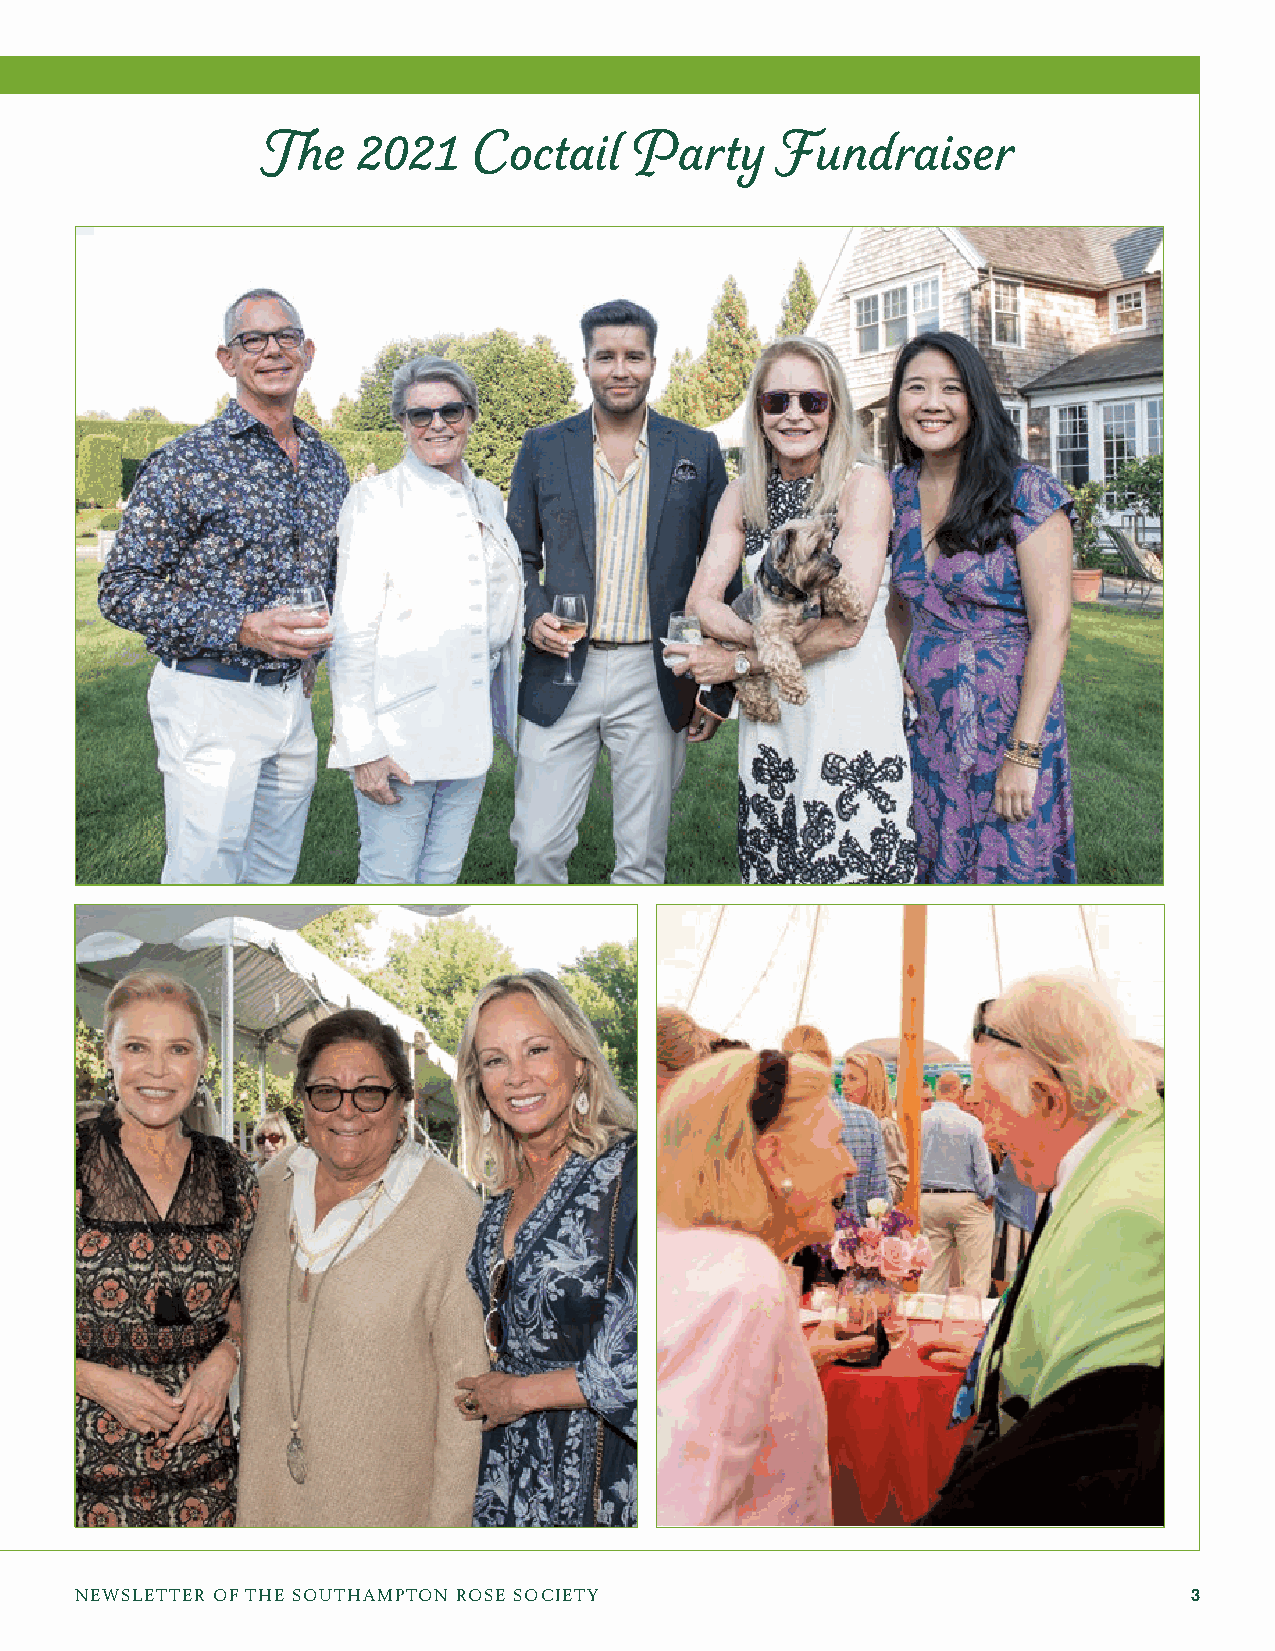
The    2021   Coctail    Party    Fundraiser
 NEWSLETTER OF THE SOUTHAMPTON ROSE SOCIETY                                3